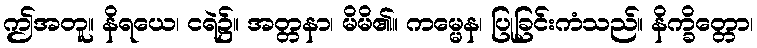
ဤအတူ။ နိရယေ၊ ငရဲ၌။ အတ္တနာ၊ မိမိ၏။ ကမ္မေန၊ ပြုခြင်းကံသည်။ နိက္ခိတ္တော၊